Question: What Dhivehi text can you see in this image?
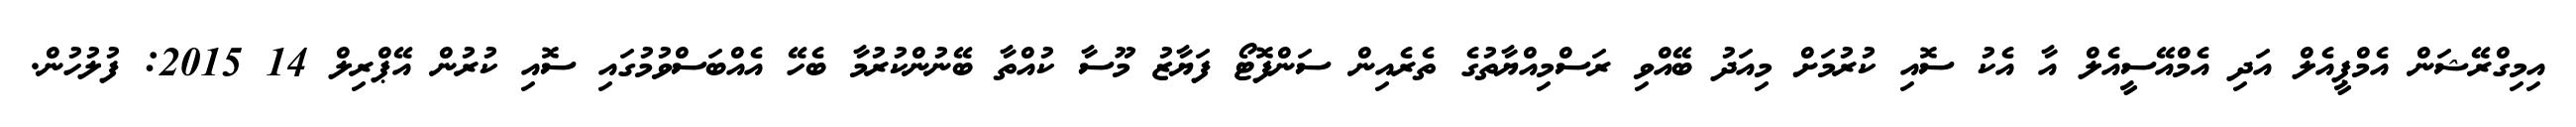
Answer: އިމިގްރޭޝަން އެމްޕީއެލް އަދި އެމްއޭސީއެލް އާ އެކު ސޮއި ކުރުމަށް މިއަދު ބޭއްވި ރަސްމިއްޔާތުގެ ތެރެއިން ސަންފޮޓޯ ފަޔާޒު މޫސާ ކުއްތާ ބޭނުންކުރުމާ ބެހޭ އެއްބަސްވުމުގައި ސޮއި ކުރުން އޭޕްރިލް 14 2015: ފުލުހުން.